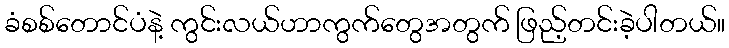
ခံစစ်တောင်ပံနဲ့ ကွင်းလယ်ဟာကွက်တွေအတွက် ဖြည့်တင်းခဲ့ပါတယ်။